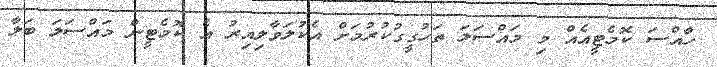
ހާއްސަ ކޮމެޓީއެއް މި މައްސަލަ ތަހުގީގުކުރުމަށް އެކުލަވާލިއިރު އެ ކޮމެޓީން މައްސަލަ ބަލާ